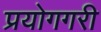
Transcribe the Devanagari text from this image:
प्रयोगगरी